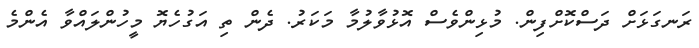
ރަނގަޅަށް ދަސްކޮށްފިން. މުޅިންވެސް އޮޅުވާލުމާ މަކަރު. ދެން ތި އަގުހެޔޮ މީހުންލައްވާ އެންމެ